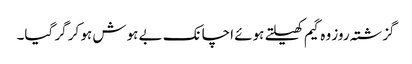
گزشتہ روز وہ گیم کھیلتے ہوئے اچانک بے ہوش ہو کر گر گیا۔